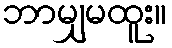
ဘာမျှမထူး။